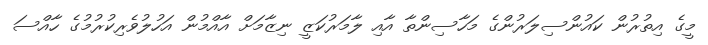
މީގެ އިތުރުން ކައުންސިލަރުންގެ މަހާސިންތާ އާއި ލާމަރުކަޒީ ނިޒާމަށް އާއްމުން އަހުލުވެރިކުރުމުގެ ހާއްސަ